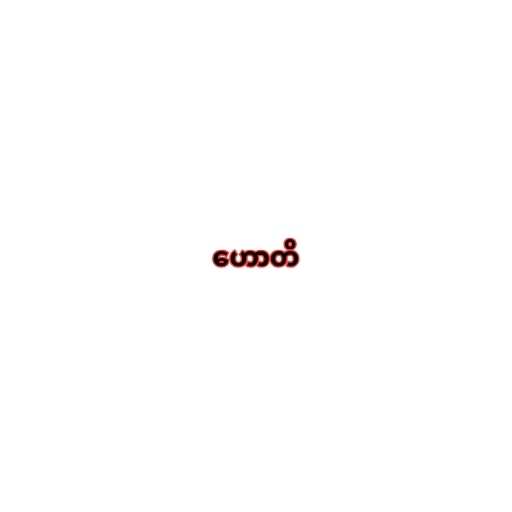
ဟောတိ